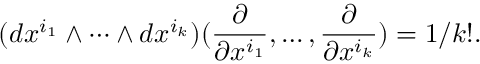
( d x ^ { i _ { 1 } } \wedge \cdots \wedge d x ^ { i _ { k } } ) ( { \frac { \partial } { \partial x ^ { i _ { 1 } } } } , \ldots , { \frac { \partial } { \partial x ^ { i _ { k } } } } ) = 1 / k ! .